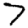
Digit: 7